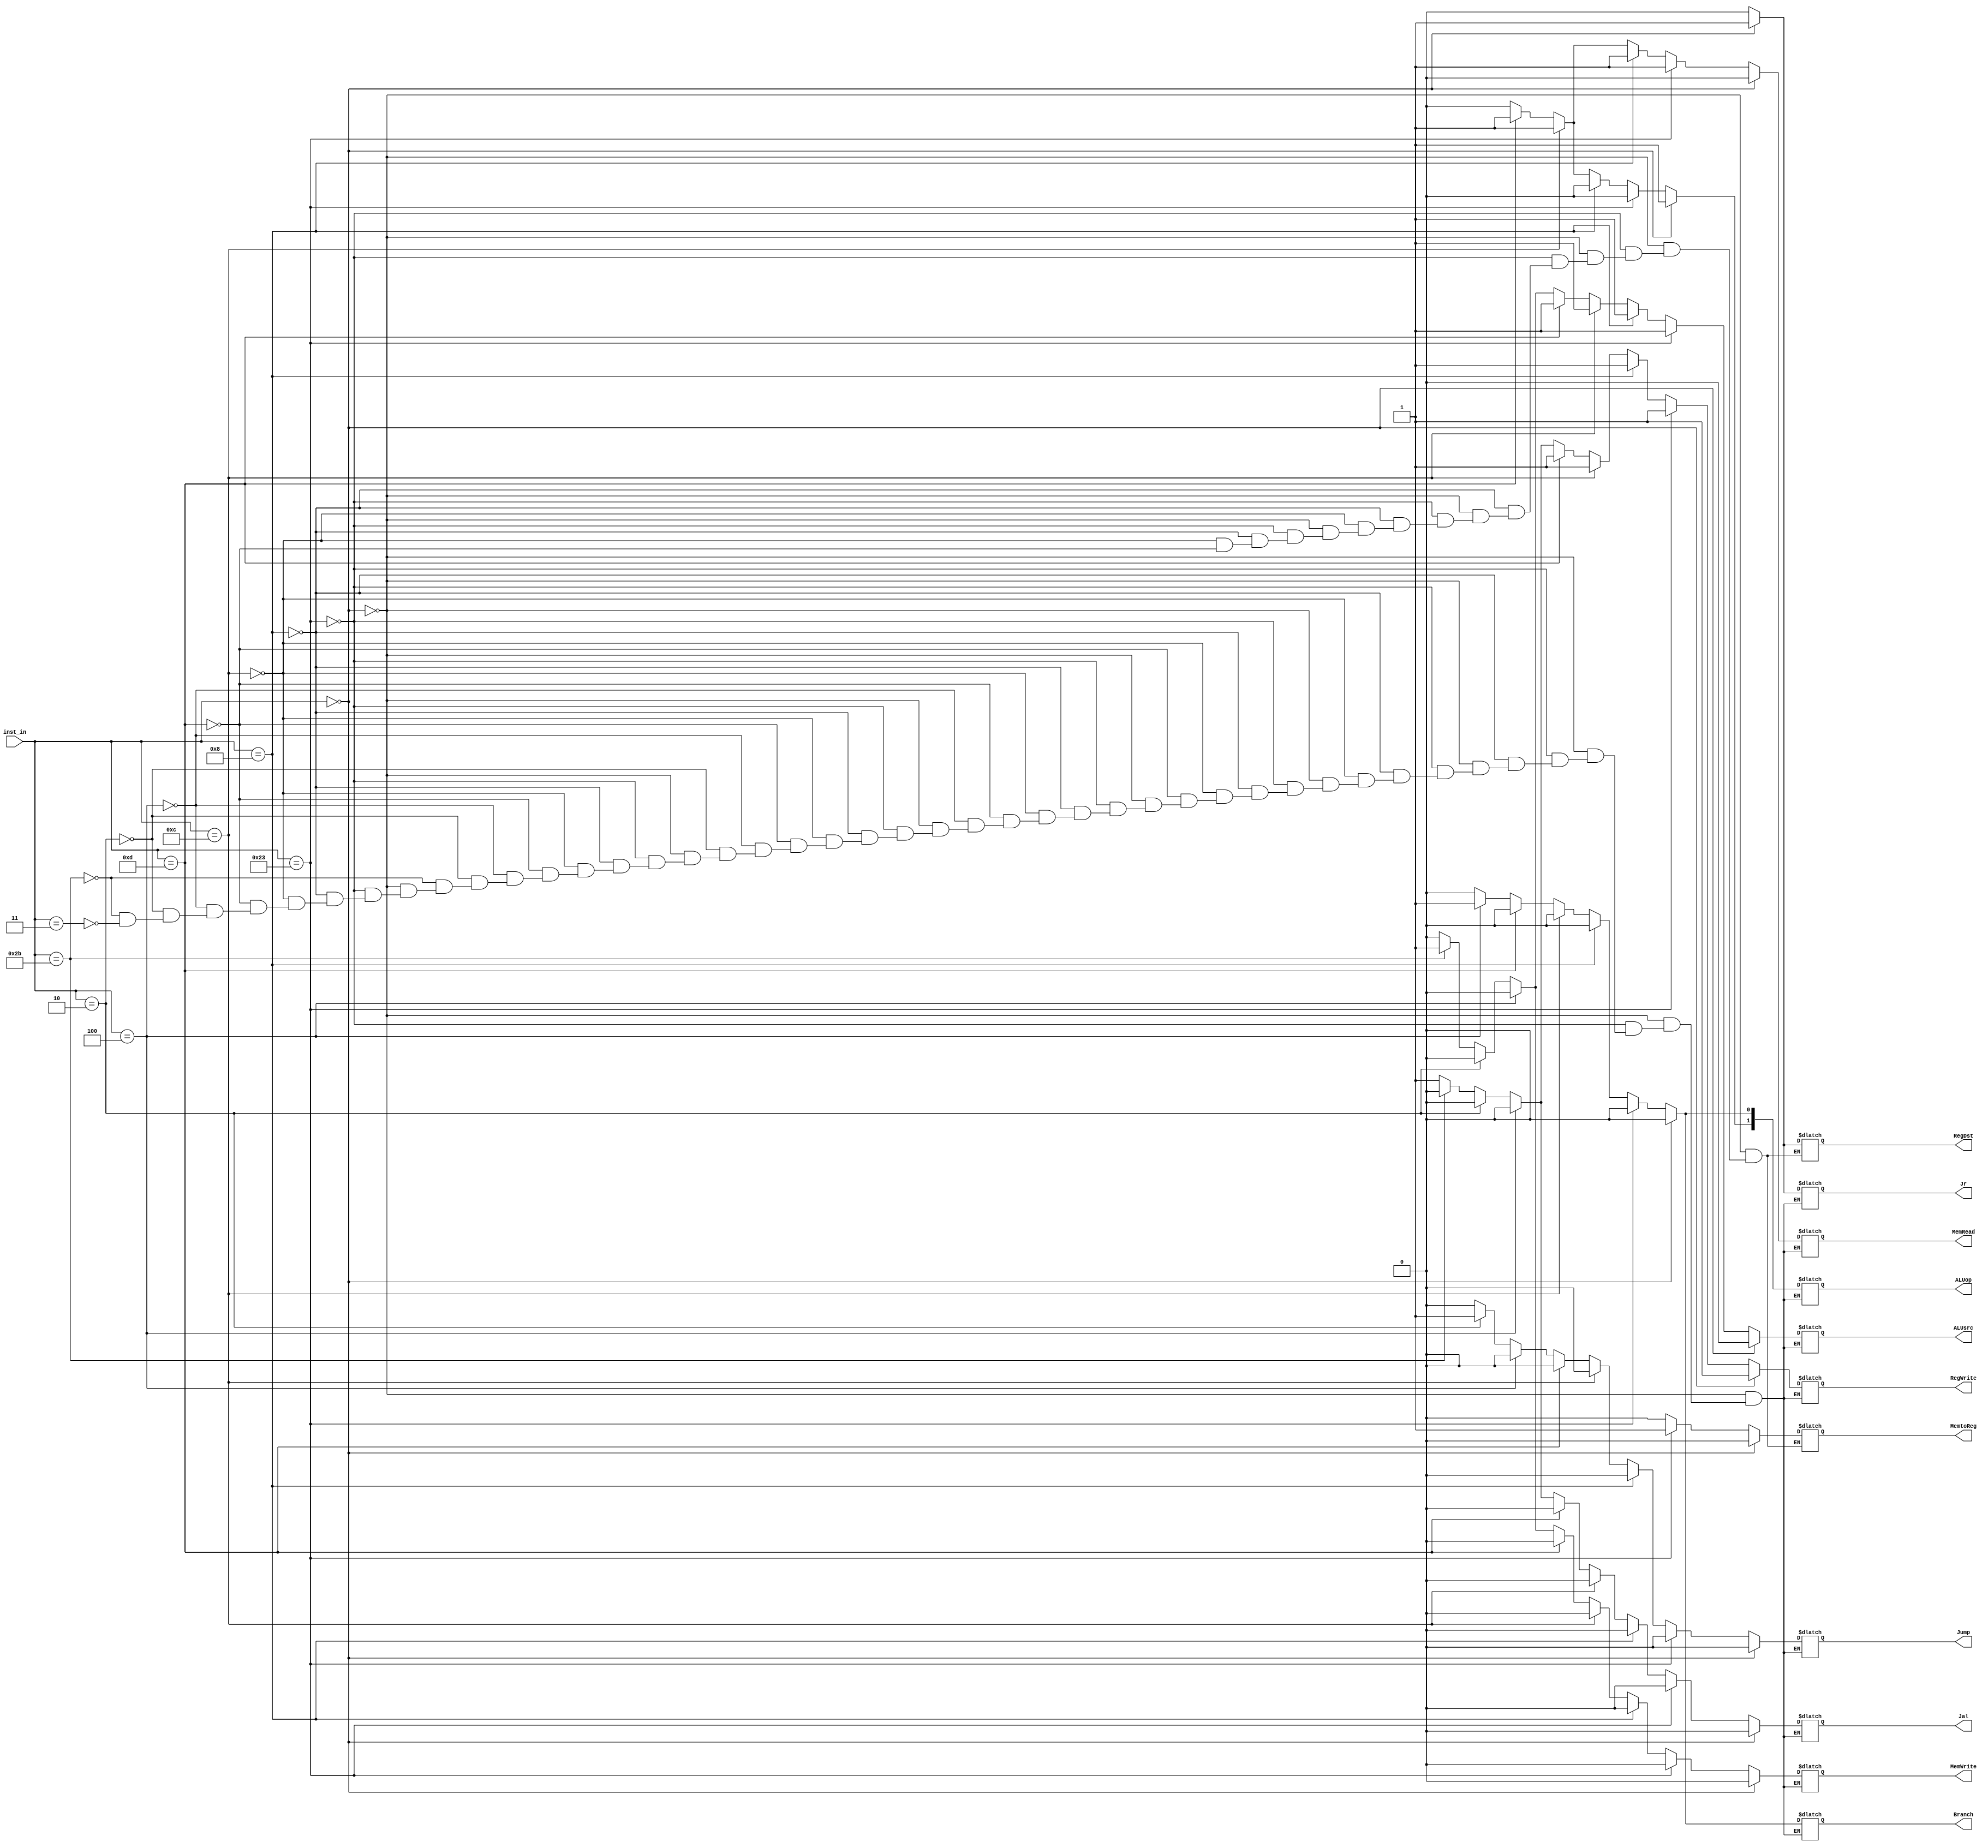

//////////////////////////////////////////////////////////////////////////////////
//	   
// Creator Name:   Sara Baradaran
// Module Name:    Control 
// Project Name:   MIPS Microprocessor 
//
//////////////////////////////////////////////////////////////////////////////////
module Control(
    input [5:0] inst_in,
    output reg RegDst,
    output reg Branch,
    output reg MemRead,
    output reg MemtoReg,
    output reg [1:0] ALUop,
    output reg MemWrite,
    output reg ALUsrc,		
    output reg RegWrite,
    output reg Jump,
    output reg Jal,
    output reg Jr
    );
always @(*)
begin
   	if(inst_in == 6'b000000)//R_type
	begin
	RegDst = 1;
	ALUsrc = 0;
	MemtoReg = 0;
	RegWrite = 1;
	MemRead = 0;
	MemWrite = 0;
	Branch = 0;
	ALUop[1] = 1;
	ALUop[0] = 0;
	Jump = 0;
	Jal = 0;
	Jr = 1;
	end
	
	else if(inst_in == 6'b100011)//load
	begin
	RegDst = 0;
	ALUsrc = 1;
	MemtoReg = 1;
	RegWrite = 1;
	MemRead = 1;
	MemWrite = 0;
	Branch = 0;
	ALUop[1] = 0;
	ALUop[0] = 0;
	Jump = 0;
	Jal = 0;
	Jr = 0;
	end
	
	else if(inst_in == 6'b001000)//addi
	begin
	RegDst = 0;
	ALUsrc = 1;
	MemtoReg = 0;
	RegWrite = 1;
	MemRead = 1;
	MemWrite = 0;
	Branch = 0;
	ALUop[1] = 0;
	ALUop[0] = 0;
	Jump = 0;
	Jal = 0;
	Jr = 0;
	end
	else if(inst_in == 6'b001100)//andi
	begin
	RegDst = 0;
	ALUsrc = 1;
	MemtoReg = 0;
	RegWrite = 1;
	MemRead = 1;
	MemWrite = 0;
	Branch = 0;
	ALUop[1] = 1;
	ALUop[0] = 0;
	Jump = 0;
	Jal = 0;
	Jr = 0;
	end
	else if(inst_in == 6'b001101)//ori
	begin
	RegDst = 0;
	ALUsrc = 1;
	MemtoReg = 0;
	RegWrite = 1;
	MemRead = 1;
	MemWrite = 0;
	Branch = 0;
	ALUop[1] = 1;
	ALUop[0] = 0;
	Jump = 0;
	Jal = 0;
	Jr = 0;
	end

	else if(inst_in == 6'b000100)//branch
	begin
	ALUsrc = 0;
	RegWrite = 0;
	MemRead = 0;
	MemWrite = 0;
	Branch = 1;
	ALUop[1] = 0;
	ALUop[0] = 1;
	Jump = 0;
	Jal = 0;
	Jr = 0;
	end

	else if(inst_in == 6'b000010)//jump
	begin
	ALUsrc = 0;
	RegWrite = 0;
	MemRead = 0;
	MemWrite = 0;
	Branch = 0;
	ALUop[1] = 0;
	ALUop[0] = 0;
	Jump = 1;
	Jal = 0;
	Jr = 0;
	end
	else if(inst_in == 6'b101011) //save
	begin
	ALUsrc = 1;//
	RegWrite = 0;//
	MemRead = 0;//
	MemWrite = 1;//
	Branch = 0;//
	ALUop[1] = 0;
	ALUop[0] = 0;
	Jump = 0;//
	Jal = 0;
	Jr = 0;

	end 
	else if(inst_in == 6'b000011) //jal
	begin
	ALUsrc = 0;//
	RegWrite = 1;//
	MemRead = 0;//
	MemWrite = 0;//
	Branch = 0;//
	ALUop[1] = 0;//
	ALUop[0] = 0;//
	Jump = 0;//
	Jal = 1;
	Jr = 0;

	end 
	
end

endmodule